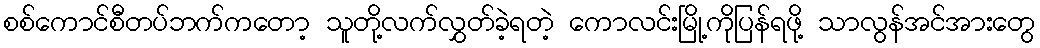
စစ်ကောင်စီတပ်ဘက်ကတော့ သူတို့လက်လွှတ်ခဲ့ရတဲ့ ကောလင်းမြို့ကိုပြန်ရဖို့ သာလွန်အင်အားတွေ